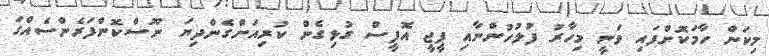
މިކަން ހާމަކޮށްފައި ވަނީ މިހާރު ފުލުހުންނާއި ޕީޖީ އޮފީސް ގުޅިގެން ކުރިއަށްގެންދިޔަ ނޫސްކޮންފަރެންސެއްގަ